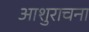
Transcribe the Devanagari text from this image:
आशुराचना